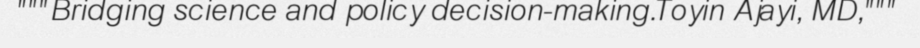
"""Bridging science and policy decision-making.Toyin Ajayi, MD,"""